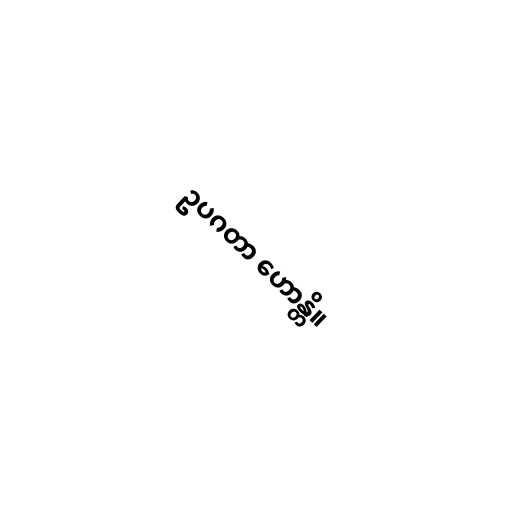
ဥပဂတာ ဟောန္တိ။